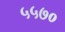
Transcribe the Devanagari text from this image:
५५७०